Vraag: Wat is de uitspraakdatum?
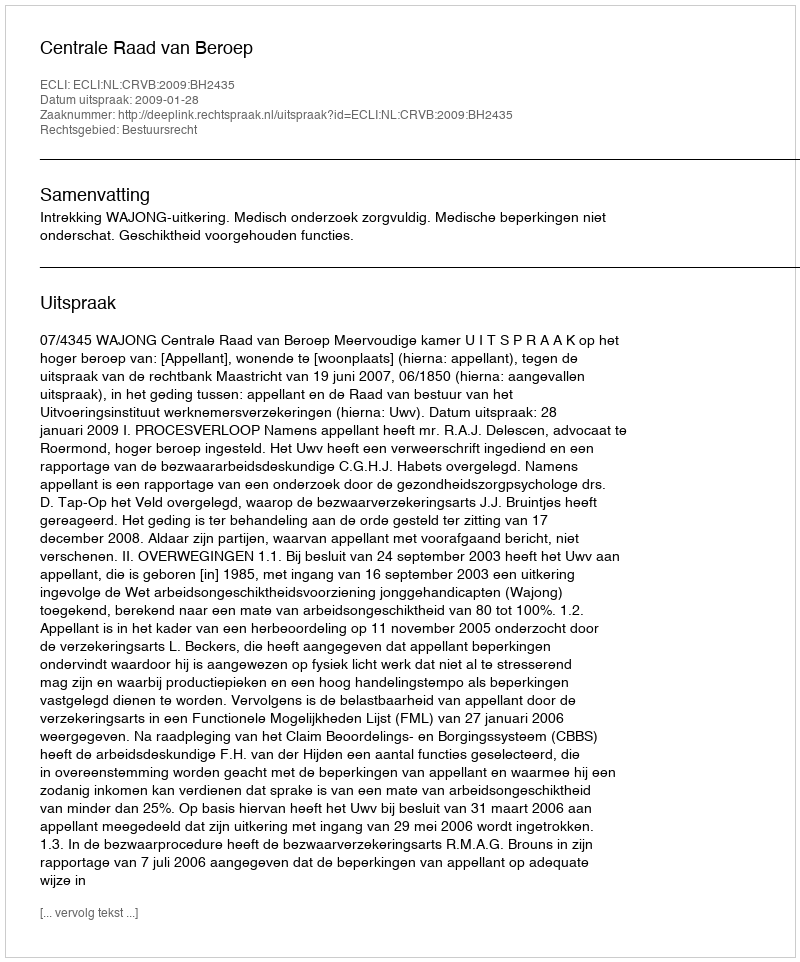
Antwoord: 2009-01-28